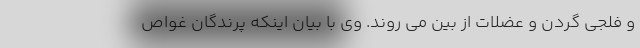
و فلجی گردن و عضلات از بین می روند. وی با بیان اینکه پرندگان غواص